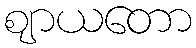
ဈာယတော